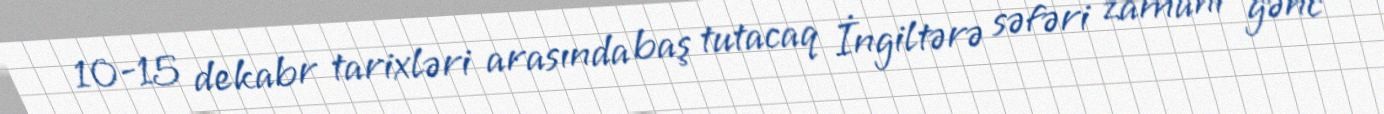
10-15 dekabr tarixləri arasında baş tutacaq İngiltərə səfəri zamanı gənc